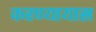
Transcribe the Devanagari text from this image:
करण्यायास